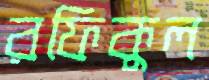
রফিকুল